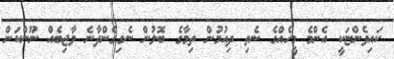
ކައިވެންޏަކީ އެންމެ މީހެއްގެ ނެތި ދިއުމުން ތިމާގެ ބޮލުން ނެގިގެންދާނެ ވާޖިބެއް ނޫންކަން